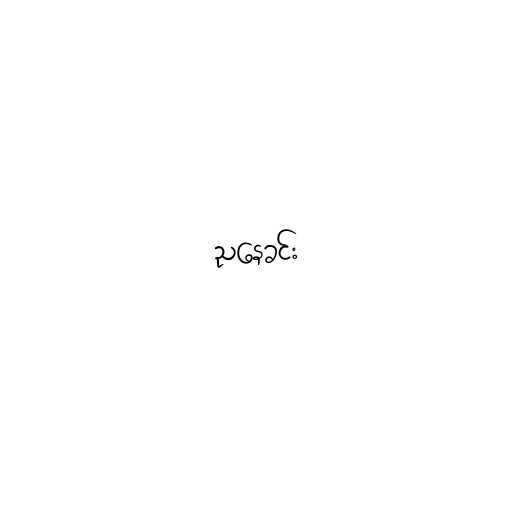
ညနေခင်း